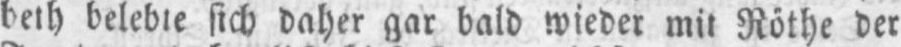
beth belebte sich daher gar bald wieder mit Röthe der